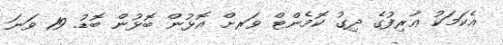
ޢެކަމަކު ޢާރިފުގެ ދިގު ކޮމެންޓް ވަރށް އޮޅުން ބޮޅުން ބޮޑު. 19 ވަނަ